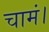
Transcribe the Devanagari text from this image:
चामं।